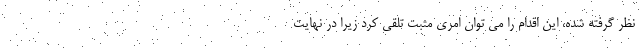
نظر گرفته شده، این اقدام را می توان امری مثبت تلقی کرد زیرا در نهایت